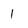
Character: 1